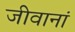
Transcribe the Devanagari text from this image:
जीवानां